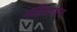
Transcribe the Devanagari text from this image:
जडिमाग्रस्त